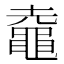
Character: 鼀